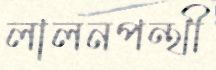
লালনপন্থী